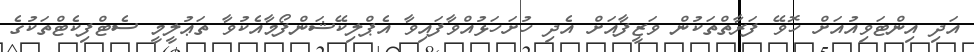
އަދި އިންޓަވިއުއަށް ހޮވޭ ފަރާތްތަކުން ވަޒީފާއަށް އެދި ހުށަހަޅުއްވާފައިވާ އެޕްލިކޭޝަންފޯމާއެކުވާ ތަޢުލީމީ ސެޓްފިކެޓްތަކުގެ